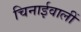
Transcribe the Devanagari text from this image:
चिनाईवालीं